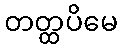
တတ္ထပိမေ